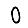
Digit: 0